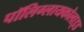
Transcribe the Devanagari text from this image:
पॉलिग्लायकोलाइड